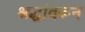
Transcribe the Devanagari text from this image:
श्रद्धांवरून